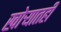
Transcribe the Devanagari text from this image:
खोर्‍यातही